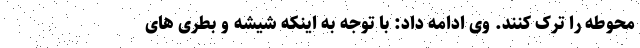
محوطه را ترک کنند. وی ادامه داد: با توجه به اینکه شیشه و بطری های